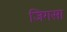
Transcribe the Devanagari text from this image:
जिगसा